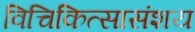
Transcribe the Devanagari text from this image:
विचिकित्सासंशय